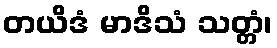
တယိဒံ မာဒိသံ သတ္တံ၊